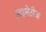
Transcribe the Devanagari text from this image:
प्राइमेटीज